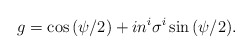
\begin{align*}g = \cos{(\psi/2)} + i n^i \sigma^i \sin{(\psi/2}).\end{align*}